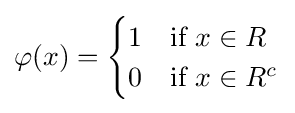
\varphi (x)={\begin{cases}1&{\text{if }}x\in R\\0&{\text{if }}x\in R^{c}\end{cases}}